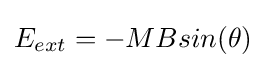
E_{ext}=-MBsin(\theta )